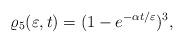
LaTeX: \begin{align*}\varrho_5(\varepsilon,t)=(1-e^{-\alpha t/\varepsilon})^3,\end{align*}